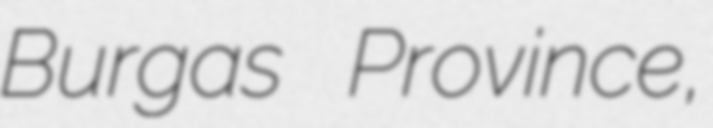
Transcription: Burgas Province,